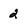
Character: 2